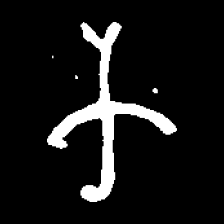
Pyu character \u2014 Myanmar letter: က (romanized: ka)